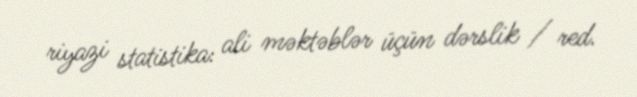
riyazi statistika: ali məktəblər üçün dərslik / red.